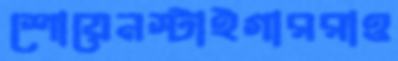
শোয়েনস্টাইগাররাও